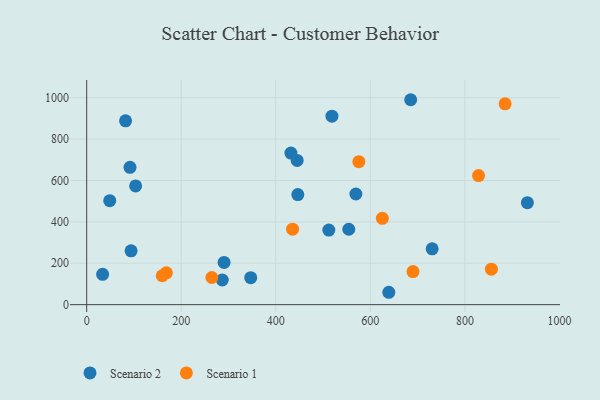
{"axis": {"x": "Speed", "y": "Sales"}, "legend": ["Scenario 1", "Scenario 2"], "data": [{"x": "103.5", "y": 573.5, "type": "Scenario 2"}, {"x": "685.4", "y": 990.3, "type": "Scenario 2"}, {"x": "554.4", "y": 364.3, "type": "Scenario 2"}, {"x": "445.2", "y": 697.1, "type": "Scenario 2"}, {"x": "82.2", "y": 888.5, "type": "Scenario 2"}, {"x": "446.6", "y": 531.9, "type": "Scenario 2"}, {"x": "91.6", "y": 663.4, "type": "Scenario 2"}, {"x": "48.7", "y": 502.5, "type": "Scenario 2"}, {"x": "347.0", "y": 130.3, "type": "Scenario 2"}, {"x": "569.4", "y": 534.8, "type": "Scenario 2"}, {"x": "512.2", "y": 360.2, "type": "Scenario 2"}, {"x": "432.0", "y": 732.5, "type": "Scenario 2"}, {"x": "33.7", "y": 146.5, "type": "Scenario 2"}, {"x": "286.8", "y": 119.0, "type": "Scenario 2"}, {"x": "290.6", "y": 204.2, "type": "Scenario 2"}, {"x": "730.8", "y": 269.7, "type": "Scenario 2"}, {"x": "932.2", "y": 492.9, "type": "Scenario 2"}, {"x": "518.8", "y": 910.7, "type": "Scenario 2"}, {"x": "93.9", "y": 259.9, "type": "Scenario 2"}, {"x": "639.1", "y": 59.8, "type": "Scenario 2"}, {"x": "690.2", "y": 159.7, "type": "Scenario 1"}, {"x": "159.8", "y": 139.7, "type": "Scenario 1"}, {"x": "885.1", "y": 970.4, "type": "Scenario 1"}, {"x": "435.5", "y": 364.9, "type": "Scenario 1"}, {"x": "856.1", "y": 171.5, "type": "Scenario 1"}, {"x": "264.8", "y": 131.3, "type": "Scenario 1"}, {"x": "625.4", "y": 417.1, "type": "Scenario 1"}, {"x": "168.5", "y": 153.8, "type": "Scenario 1"}, {"x": "828.9", "y": 623.9, "type": "Scenario 1"}, {"x": "575.7", "y": 690.7, "type": "Scenario 1"}]}